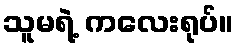
သူမရဲ့ ကလေးရုပ်။